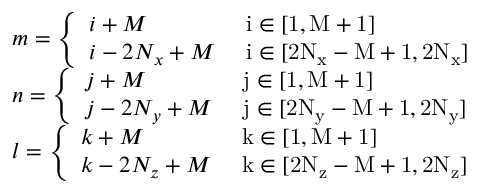
\begin{array} { r l } & { m = \left\{ \begin{array} { l l } { i + M } & { \mathrm { ~ i \in [ 1 , M + 1 ] ~ } } \\ { i - 2 N _ { x } + M } & { \mathrm { ~ i \in [ 2 N _ x - M + 1 , 2 N _ x ] ~ } } \end{array} \right. } \\ & { n = \left\{ \begin{array} { l l } { j + M } & { \mathrm { ~ j \in [ 1 , M + 1 ] ~ } } \\ { j - 2 N _ { y } + M } & { \mathrm { ~ j \in [ 2 N _ y - M + 1 , 2 N _ y ] ~ } } \end{array} \right. } \\ & { l = \left\{ \begin{array} { l l } { k + M } & { \mathrm { ~ k \in [ 1 , M + 1 ] ~ } } \\ { k - 2 N _ { z } + M } & { \mathrm { ~ k \in [ 2 N _ z - M + 1 , 2 N _ z ] ~ } } \end{array} \right. } \end{array}